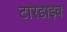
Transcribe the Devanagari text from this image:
टारडाइव